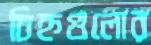
চিহ্নগুলোর